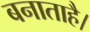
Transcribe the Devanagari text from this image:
बनाताहै।